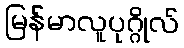
မြန်မာလူပုဂ္ဂိုလ်